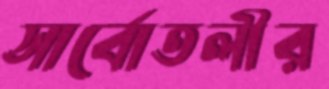
সার্বোতলীর